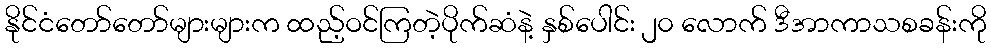
နိုင်ငံတော်တော်များများက ထည့်ဝင်ကြတဲ့ပိုက်ဆံနဲ့ နှစ်ပေါင်း ၂၀ လောက် ဒီအာကာသစခန်းကို